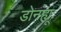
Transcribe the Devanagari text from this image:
डोनह्यू